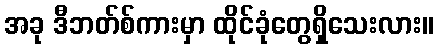
အခု ဒီဘတ်စ်ကားမှာ ထိုင်ခုံတွေရှိသေးလား။